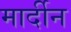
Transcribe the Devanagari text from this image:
मार्दीन